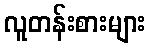
လူတန်းစားများ